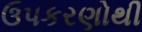
ઉપકરણોથી